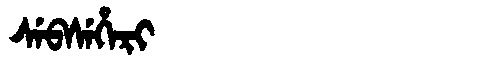
Manchu: ᠰᡝᠪᠰᡝᡥᡝᡵᡳ
Romanization: SEBSEHERI